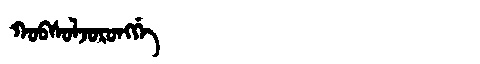
Manchu: ᡴᠣᠪᠰᠣᠯᠵᠣᡵᠣᠩᡤᡝ
Romanization: KOBSOLJORONGGE